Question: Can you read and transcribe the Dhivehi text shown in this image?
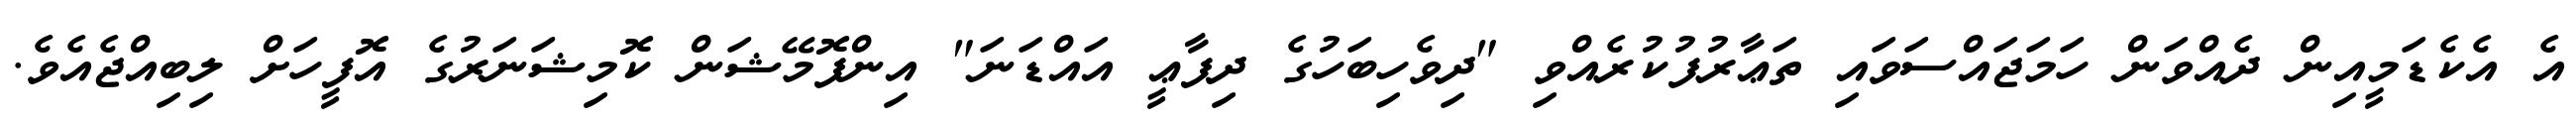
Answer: އެ އެކެޑަމީއިން ދެއްވަން ހަމަޖައްސަވައި ތަޢާރުފުކުރެއްވި "ދިވެހިބަހުގެ ދިފާޢީ އައްޑަނަ" އިންފޮމޭޝަން ކޮމިޝަނަރުގެ އޮފީހަށް ލިބިއްޖެއެވެ.